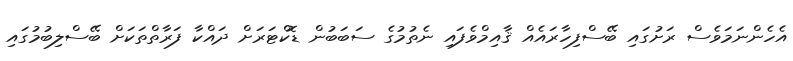
އެހެންނަމަވެސް ރަށުގައި ބޭސްފިހާރައެއް ޤާއިމްވެފައި ނެތުމުގެ ސަބަބުން ޑޮކްޓަރަށް ދައްކާ ފަރާތްތަކަށް ބޭސްލިބުމުގައި